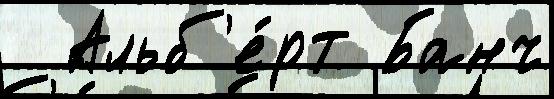
  Альб'е́рт Банч